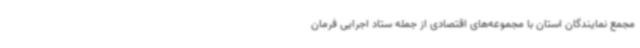
مجمع نمایندگان استان با مجموعه‌های اقتصادی از جمله ستاد اجرایی فرمان